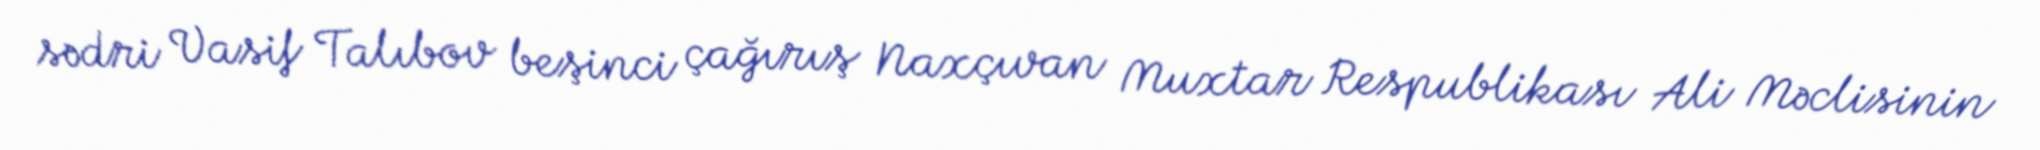
sədri Vasif Talıbov beşinci çağırış Naxçıvan Muxtar Respublikası Ali Məclisinin